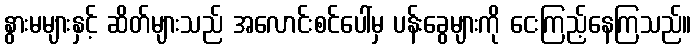
နွားမများနှင့် ဆိတ်များသည် အလောင်းစင်ပေါ်မှ ပန်းခွေများကို ငေးကြည့်နေကြသည်။